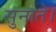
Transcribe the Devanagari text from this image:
सुनाते।